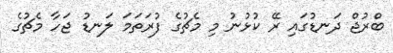
ބްރުޖް ދަނޑުގައި ރޭ ކުޅުނު މި މެޗުގެ ފުރަތަމަ ލަނޑު ޖަހާ މެޗުގެ